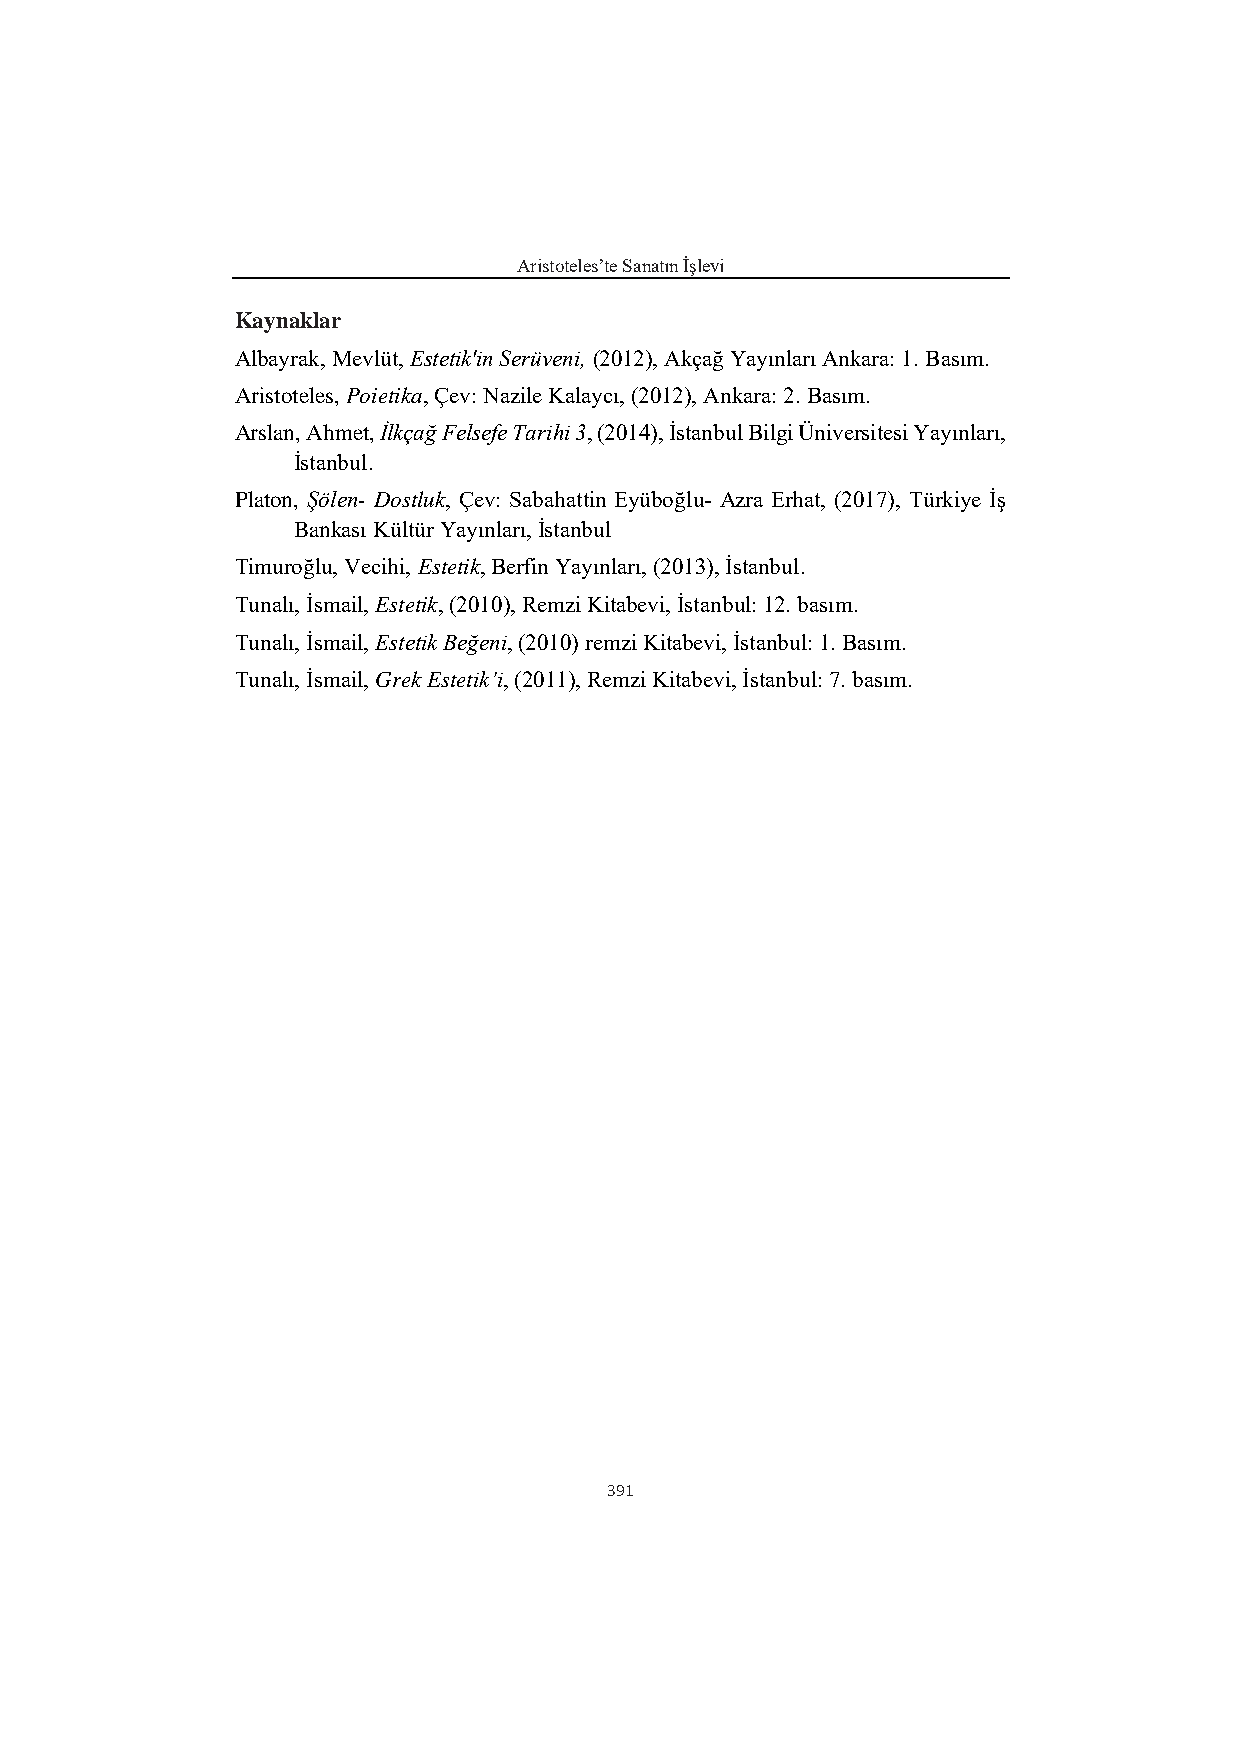
Aristoteles’te Sanatın İşlevi
 Kaynaklar
 Albayrak, Mevlüt, Estetik'in Serüveni, (2012), Akçağ Yayınları Ankara: 1. Basım.
 Aristoteles, Poietika, Çev: Nazile Kalaycı, (2012), Ankara: 2. Basım.
 Arslan, Ahmet, İlkçağ Felsefe Tarihi 3, (2014), İstanbul Bilgi Üniversitesi Yayınları,
 İstanbul.
 Platon, Şölen- Dostluk, Çev: Sabahattin Eyüboğlu- Azra Erhat, (2017), Türkiye İş
 Bankası Kültür Yayınları, İstanbul
 Timuroğlu, Vecihi, Estetik, Berfin Yayınları, (2013), İstanbul.
 Tunalı, İsmail, Estetik, (2010), Remzi Kitabevi, İstanbul: 12. basım.
 Tunalı, İsmail, Estetik Beğeni, (2010) remzi Kitabevi, İstanbul: 1. Basım.
 Tunalı, İsmail, Grek Estetik’i, (2011), Remzi Kitabevi, İstanbul: 7. basım.
 391